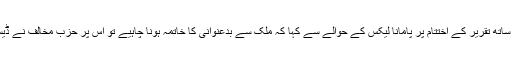
خورشید شاہ نے اس کے ساتھ تقریر کے اختتام پر پامانا لیکس کے حوالے سے کہا کہ ملک سے بدعنوانی کا خاتمہ ہونا چاہیے تو اس پر حزب مخالف نے ڈیسک بجا کی انھیں داد دی۔